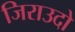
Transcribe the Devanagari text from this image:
जिराउदो